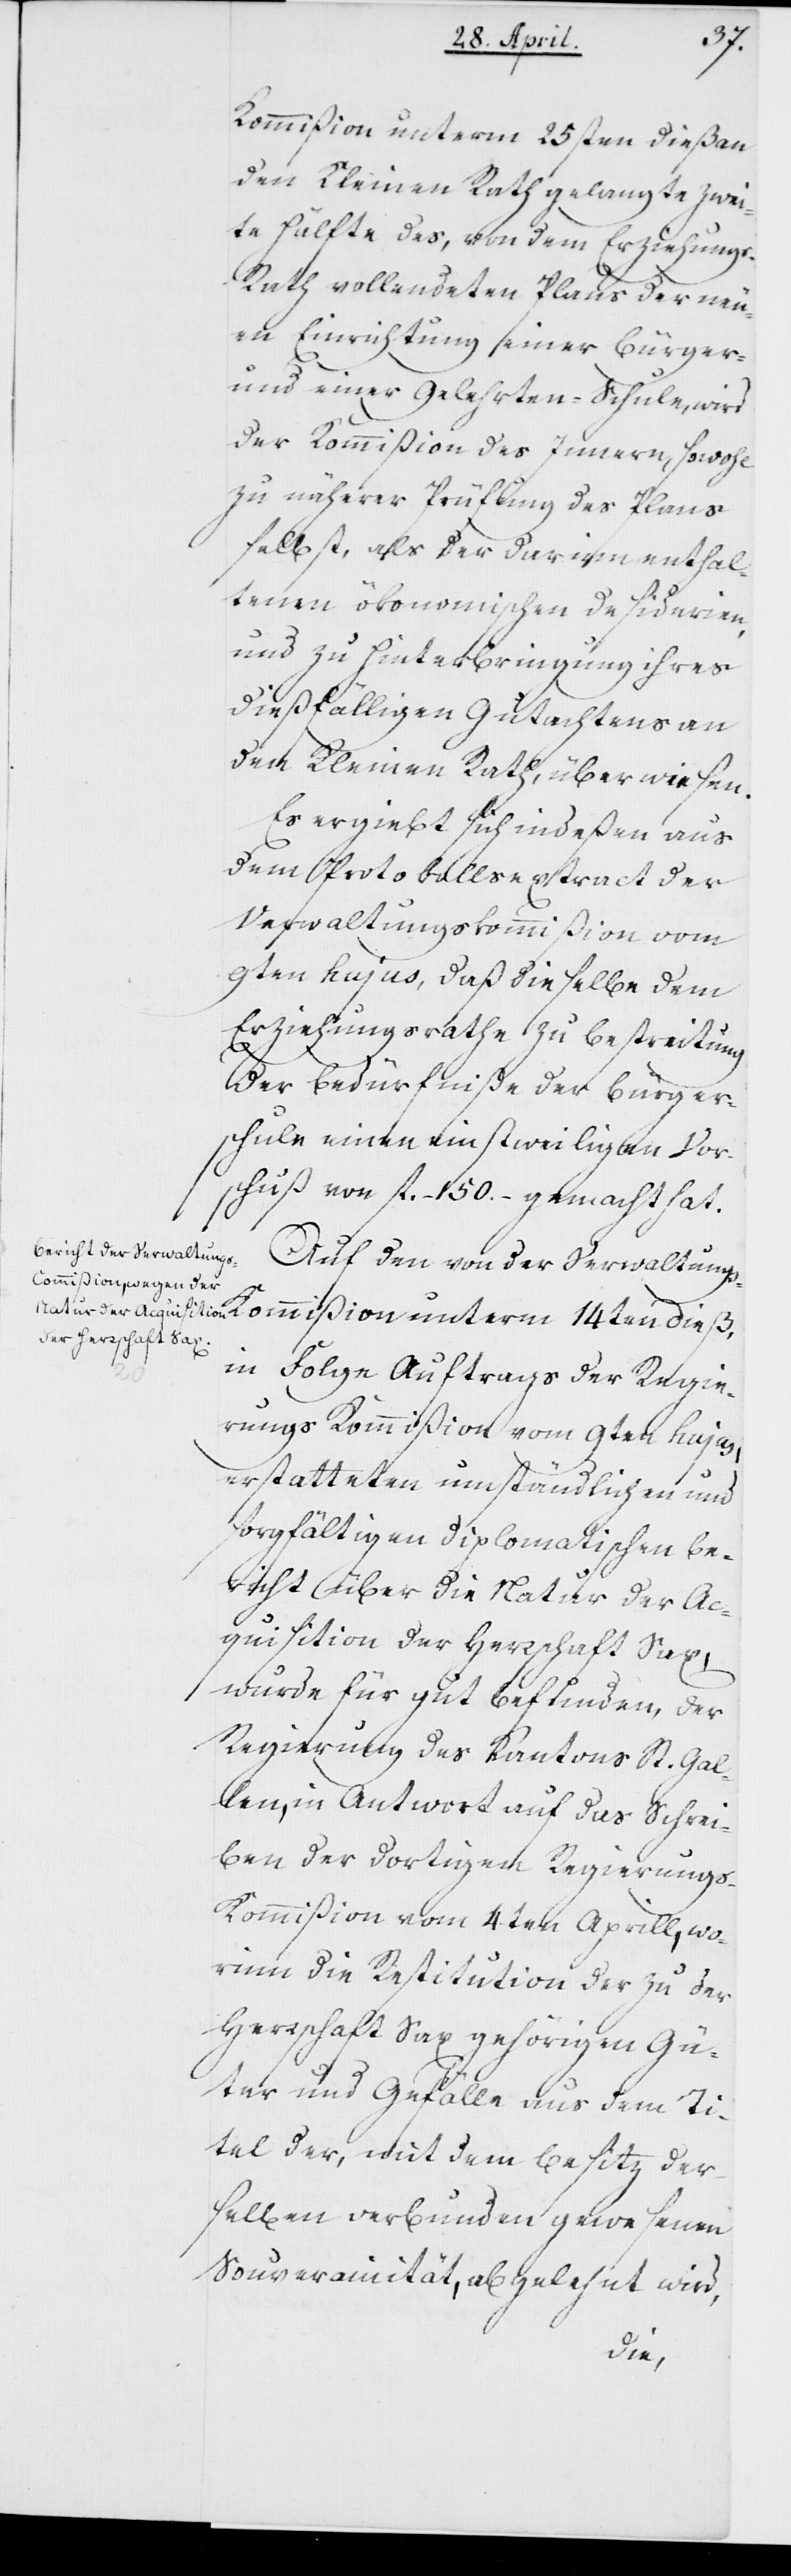
Kommißion unterm 25sten dieß an
den Kleinen Rath gelangte zwei¬
te Hälfte des, von dem Erziehung¬
s-Rath vollendeten Plans der neu¬
en Einrichtung einer Bürger-
und einer Gelehrtenschule, wird
der Kommißion des Innern, sowohl
zu näherer Prüfung des Plans
selbst, als der darinn enthal¬
tenen ökonomischen Desiderien,
und zu Hinterbringung ihres
dießfälligen Gutachtens an
den Kleinen Rath, überwiesen.
Es ergibt sich indeßen aus
dem Protokolls-Extract der
Verwaltungskommißion vom
9ten hujus, daß dieselbe dem
Erziehungsrathe zu Bestreitung
der Bedürfniße der Bürger¬
schule einen einstweiligen Vor¬
schuß von fl. 150.– gemacht hat.
Auf den von der Verwaltung¬
s-Kommißion unterm 14ten dieß,
in Folge Auftrags der Regie¬
rungs-Kommißion vom 9ten hujus
erstatteten umständlichen und
sorgfältigen diplomatischen Be¬
richt über die Natur der Ac¬
quisition der Herrschaft Sax,
wurde für gut befunden, der
Regierung des Kantons St. Gal¬
len, in Antwort auf das Schrei¬
ben der dortigen Regierungs-K¬
ommißion vom 4ten Aprill, wo¬
rinn die Restitution der zu der
Herrschaft Sax gehörigen Gü¬
ter und Gefälle aus dem Ti¬
tel der, mit dem Besitz der¬
selben verbunden gewesenen
Souverainität, abgelehnt wird,